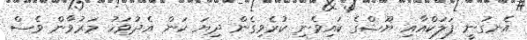
އެނގުނީ ފަލަކްއާއި ޔޫޝްގެ ކައިވެނި ކުރެވިގެން ދިޔަ ކަން އެދުވަހު މަރުވާން ވެސް